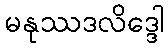
မနုဿဒလိဒ္ဒေါ